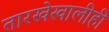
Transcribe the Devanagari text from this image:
तारखेखालीही